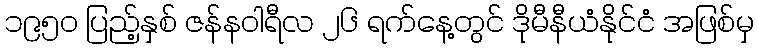
၁၉၅၀ ပြည့်နှစ် ဇန်နဝါရီလ ၂၆ ရက်နေ့တွင် ဒိုမီနီယံနိုင်ငံ အဖြစ်မှ